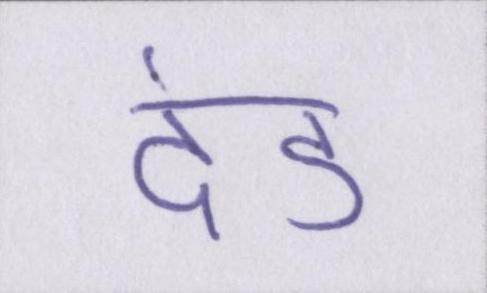
दंड